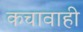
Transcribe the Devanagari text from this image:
कचावाही